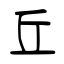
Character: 丘